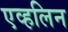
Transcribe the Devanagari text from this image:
एव्हलिन